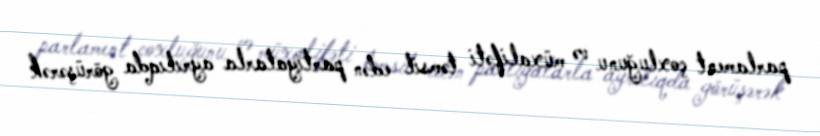
parlament çoxluğunu və müxalifəti təmsil edən partiyalarla ayrılıqda görüşərək